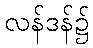
လန်ဒန်၌